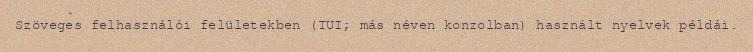
Szöveges felhasználói felületekben (TUI; más néven konzolban) használt nyelvek példái.